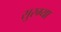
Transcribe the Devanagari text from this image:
सुरम्या